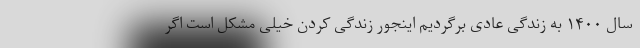
سال ۱۴۰۰ به زندگی عادی برگردیم اینجور زندگی کردن خیلی مشکل است اگر